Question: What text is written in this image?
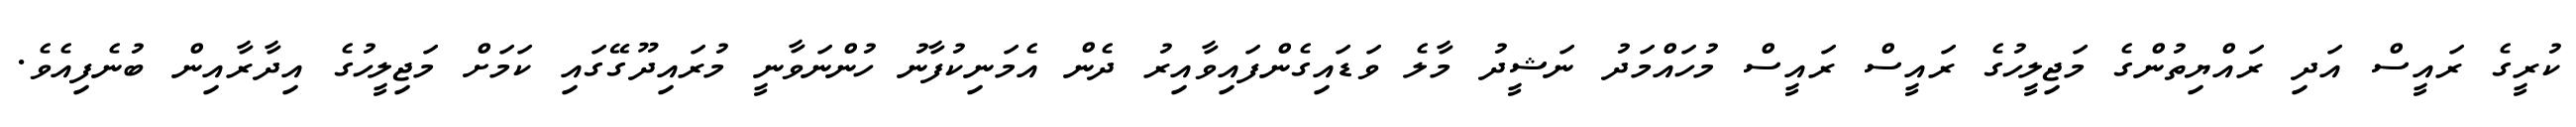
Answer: ކުރީގެ ރައީސް އަދި ރައްޔިތުންގެ މަޖިލީހުގެ ރައީސް ރައީސް މުހައްމަދު ނަޝީދު މާލެ ވަޑައިގެންފައިވާއިރު ދެން އެމަނިކުފާނު ހުންނަވާނީ މުރައިދޫގޭގައި ކަމަށް މަޖިލީހުގެ އިދާރާއިން ބުނެފިއެވެ.